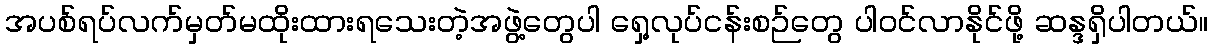
အပစ်ရပ်လက်မှတ်မထိုးထားရသေးတဲ့အဖွဲ့တွေပါ ရှေ့လုပ်ငန်းစဉ်တွေ ပါဝင်လာနိုင်ဖို့ ဆန္ဒရှိပါတယ်။